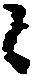
候